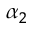
\alpha _ { 2 }